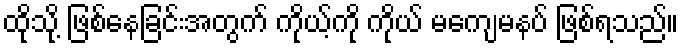
ထိုသို့ ဖြစ်နေခြင်းအတွက် ကိုယ့်ကို ကိုယ် မကျေမနပ် ဖြစ်ရသည်။